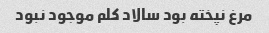
مرغ نپخته بود سالاد کلم موجود نبود